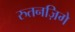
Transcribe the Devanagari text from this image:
रुतनज़िगे